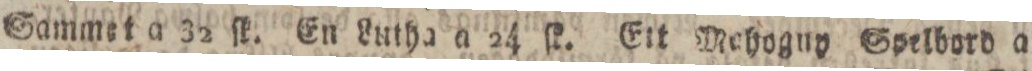
Sammet a 32 ſk. En Lutha a 24 ſk. Ett Mehoguy Spelbord a